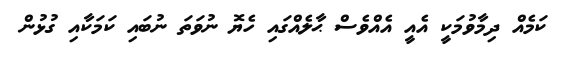
ކަމެއް ދިމާވުމަކީ އެއީ އެއްވެސް ޙާލެއްގައި ހެޔޮ ނުވަތަ ނުބައި ކަމަކާއި ގުޅުން